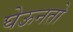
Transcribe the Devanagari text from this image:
घेऊनतो